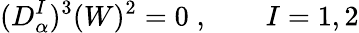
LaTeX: (D_{\alpha}^{I})^{3}(W)^{2}=0\; ,\qquad I=1,2